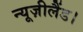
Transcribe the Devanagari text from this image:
न्यूज़ीलैंड।